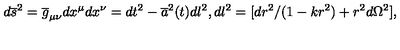
d \overline { { s } } ^ { 2 } = \overline { { g } } _ { \mu \nu } d x ^ { \mu } d x ^ { \nu } = d t ^ { 2 } - \overline { { a } } ^ { 2 } ( t ) d l ^ { 2 } , d l ^ { 2 } = [ d r ^ { 2 } / ( 1 - k r ^ { 2 } ) + r ^ { 2 } d \Omega ^ { 2 } ] ,